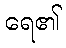
ရေ၏